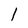
Character: 1